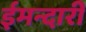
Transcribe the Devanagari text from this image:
ईमन्दारी